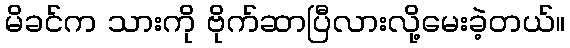
မိခင်က သားကို ဗိုက်ဆာပြီလားလို့မေးခဲ့တယ်။